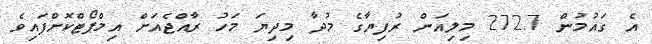
އެ ގައުމުން 272.7 މިލިއަން ރުފިޔާގެ މުދާ މިދިޔަ މަހު ރާއްޖެއަށް އިމްޕޯޓްކޮށްފައިވެ